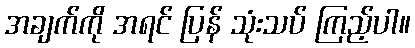
အချက်ကို အရင် ပြန် သုံးသပ် ကြည့်ပါ။